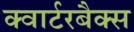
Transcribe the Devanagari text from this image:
क्वार्टरबैक्स